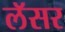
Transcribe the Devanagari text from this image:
लॅसर